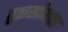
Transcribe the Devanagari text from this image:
तुळसीमाळा